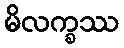
မိလက္ခဿ